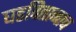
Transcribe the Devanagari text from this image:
घडवितानाच